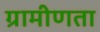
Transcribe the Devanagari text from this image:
ग्रामीणता